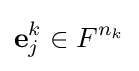
\mathbf {e} _{j}^{k}\in F^{n_{k}}